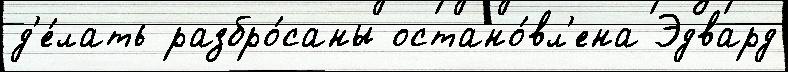
д'е́лать разбро́саны остано́вл'ена Эдвард